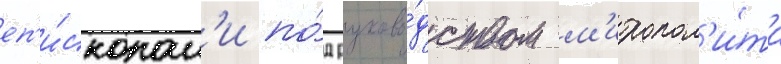
еп'и́скопам'и по́д руково́дством м'итропол'и́та